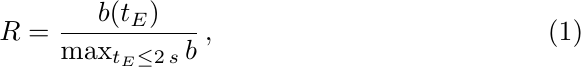
\begin{equation}\label{eq:Restimator}
R = \frac{b(t_E)}{\max_{t_E \le 2\,s} b}\,,
\end{equation}